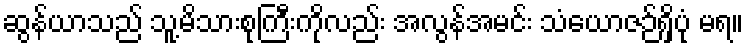
ဆွန်ယာသည် သူ့မိသားစုကြီးကိုလည်း အလွန်အမင်း သံယောဇဉ်ရှိပုံ မရ။